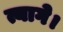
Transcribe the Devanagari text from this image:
त्यागे।